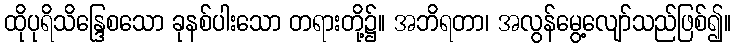
ထိုပုရိသိန္ဒြေစသော ခုနစ်ပါးသော တရားတို့၌။ အဘိရတာ၊ အလွန်မွေ့လျော်သည်ဖြစ်၍။